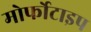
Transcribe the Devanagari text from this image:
मोर्फोटाइप